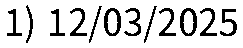
1) 12/03/2025